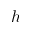
h